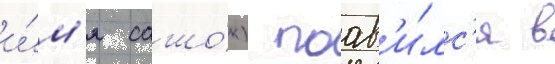
и́м'я сашо́к) поав'и́лс'я в